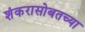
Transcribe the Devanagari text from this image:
शंकरासोबतच्या